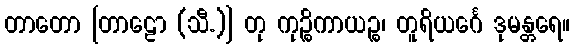
တာတော [တာဠော (သီ.)] တု ကုဉ္စိကာယဉ္စ၊ တူရိယင်္ဂေ ဒုမန္တရေ။